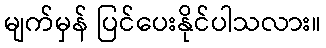
မျက်မှန် ပြင်ပေးနိုင်ပါသလား။